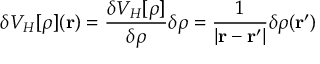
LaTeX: \delta V _ { H } [ \rho ] ( \mathbf { r } ) = { \frac { \delta V _ { H } [ \rho ] } { \delta \rho } } \delta \rho = { \frac { 1 } { | \mathbf { r } - \mathbf { r ^ { \prime } } | } } \delta \rho ( \mathbf { r ^ { \prime } } )